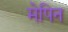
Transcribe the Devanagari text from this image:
मेपिन